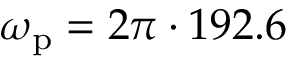
\omega _ { \mathrm { p } } = 2 \pi \cdot 1 9 2 . 6